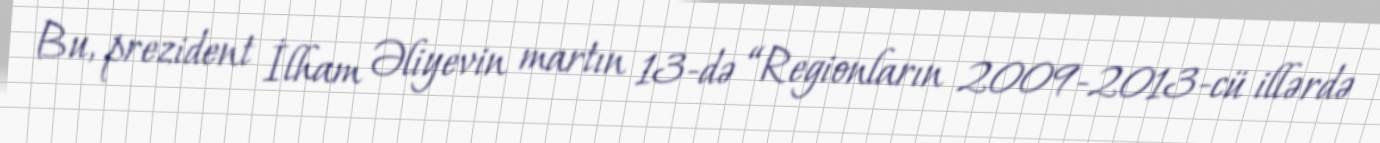
Bu, prezident İlham Əliyevin martın 13-də “Regionların 2009-2013-cü illərdə